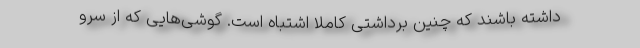
داشته باشند که چنین برداشتی کاملا اشتباه است. گوشی‌هایی که از سرو